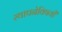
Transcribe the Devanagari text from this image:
स्थापनेविषयी